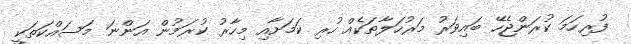
ފުރިހަމަ ކުރަންޖެހޭ ބައިވަރު މަރުހަލާތަކެއް ހުރި ކަމަށާއި މިހާރު ކުރަމުން އަންނަ މަސައްކަތަކީ